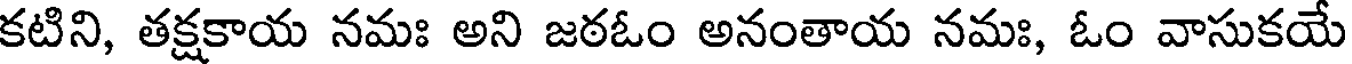
కటిని, తక్షకాయ నమః అని జఠఓం అనంతాయ నమః, ఓం వాసుకయే